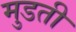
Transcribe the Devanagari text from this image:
मुडती